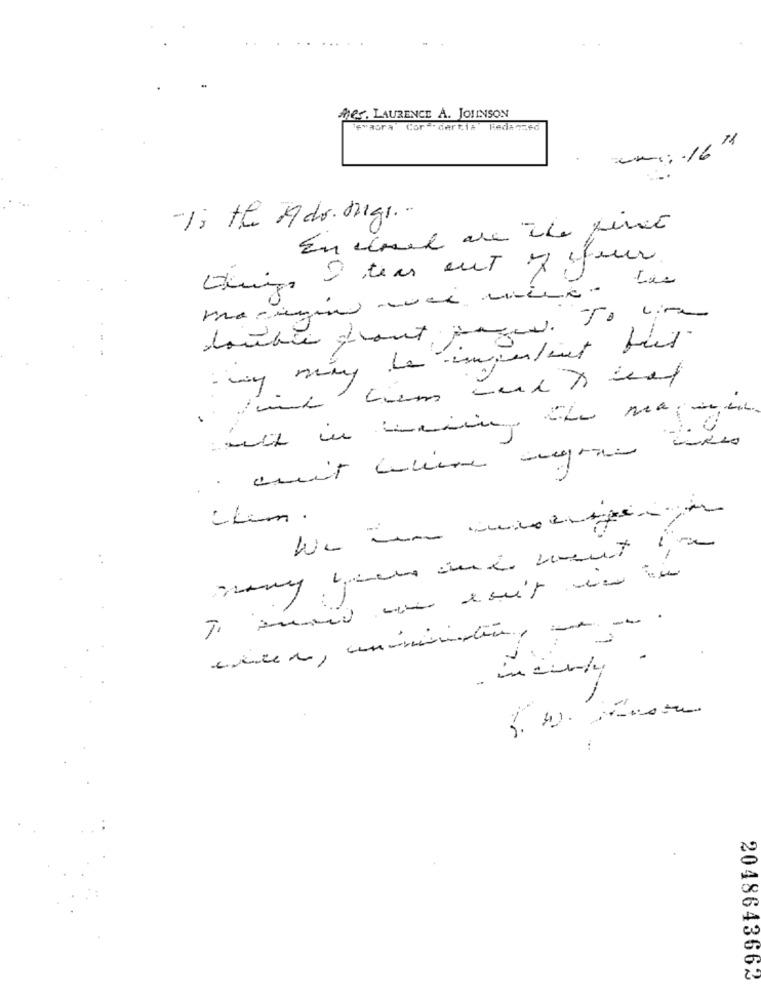
Mes, LAURENCE A. JOIENSON
is"aora Cor".dertia Redaq760
un: 16"
-Is the Ado. digi ..
En cual de the fine
doubie grant, prend. To live
.
-Lim.
7.1
2048643662